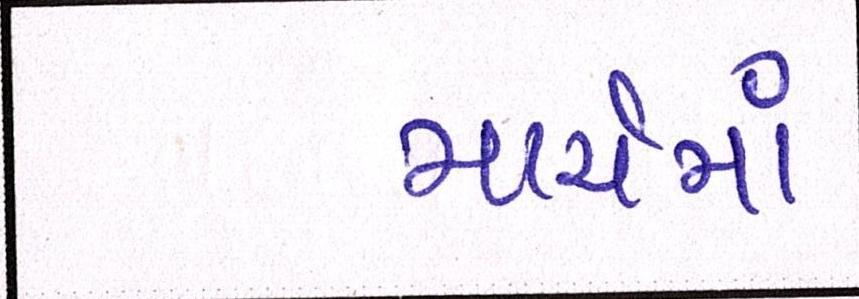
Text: માર્ચમાં